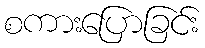
စကားပြောခြင်း